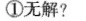
①无解?